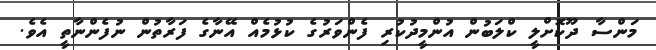
މަންސާ ދޫކޮށްލީ ކްލަބުން އުންމީދުކުރި ފެންވަރުގެ ކުޅުމެއް އޭނާގެ ފަރާތުން ނުފެންނާތީ އެވެ.